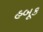
હબૂક